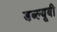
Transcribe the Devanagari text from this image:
डब्ल्यूबी